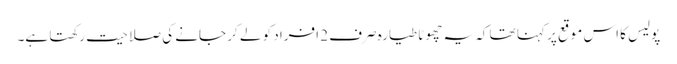
پولیس کا اس موقع پر کہنا تھا کہ یہ چھوٹا طیارہ صرف 2 افراد کو لے کر جانے کی صلاحیت رکھتا ہے۔